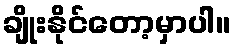
ချိုးနိုင်တော့မှာပါ။